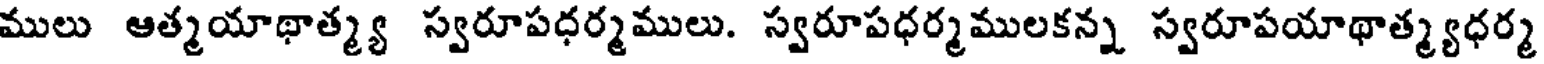
ములు ఆత్మయాథాత్మ్య స్వరూపధర్మములు. స్వరూపధర్మములకన్న స్వరూపయాథాత్మ్యధర్మ